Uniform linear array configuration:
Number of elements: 4
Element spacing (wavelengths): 0.25
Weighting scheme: uniform
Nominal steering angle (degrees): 60
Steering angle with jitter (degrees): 61.888
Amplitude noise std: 0.05
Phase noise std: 0.05

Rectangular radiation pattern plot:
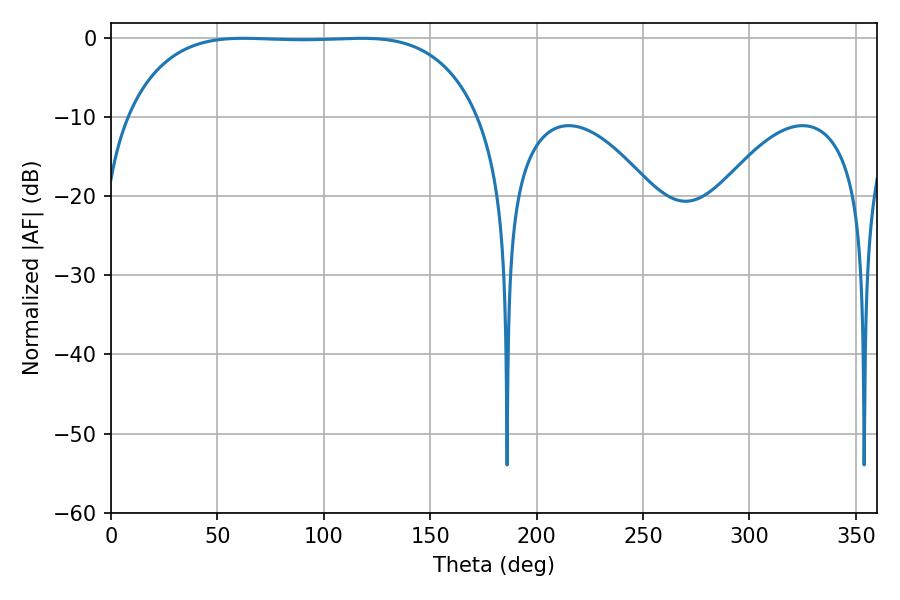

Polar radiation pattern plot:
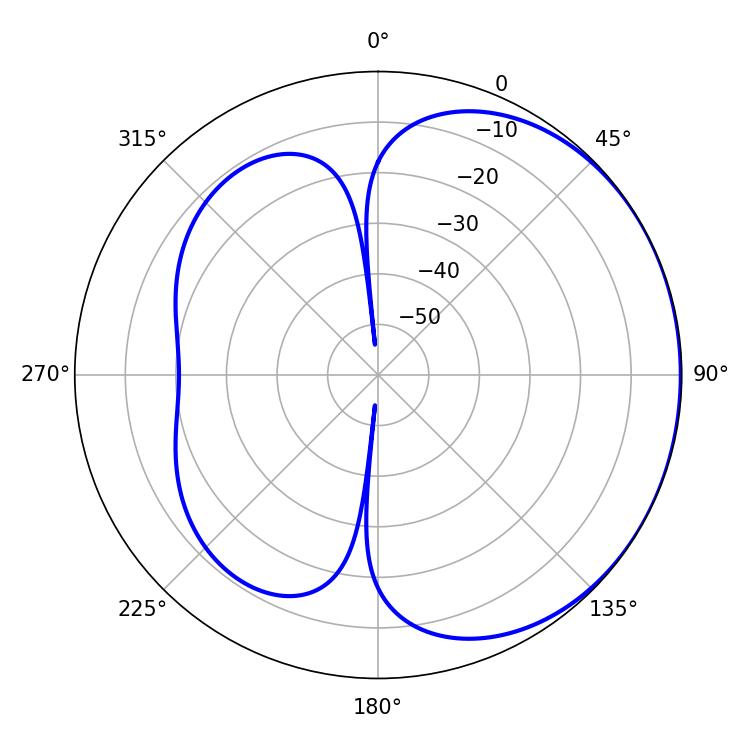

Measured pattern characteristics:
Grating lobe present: FALSE
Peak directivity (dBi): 0.8234
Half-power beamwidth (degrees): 128.52
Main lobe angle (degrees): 62.28